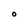
Character: O